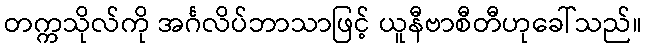
တက္ကသိုလ်ကို အင်္ဂလိပ်ဘာသာဖြင့် ယူနီဗာစီတီဟုခေါ်သည်။